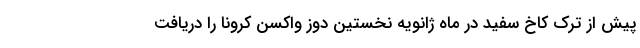
پیش از ترک کاخ سفید در ماه ژانویه نخستین دوز واکسن کرونا را دریافت